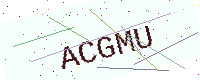
Text: ACGMU